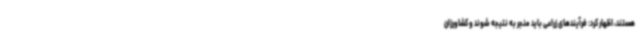
هستند، اظهار کرد: فرآیندهای زراعی باید منجر به نتیجه شوند و کشاورزان